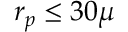
r _ { p } \leq 3 0 \mu